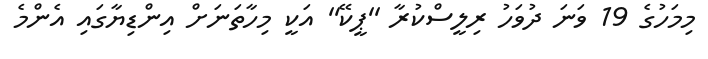
މިމަހުގެ 19 ވަނަ ދުވަހު ރިލީސްކުރާ ''ޕީކޭ'' އަކީ މިހާތަނަށް އިންޑިޔާގައި އެންމެ